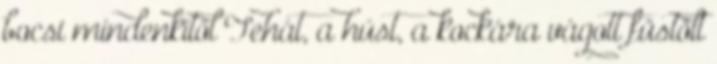
bocsi mindenkitől Tehát, a húst, a kockára vágott füstölt